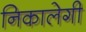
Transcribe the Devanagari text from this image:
निकालेगी